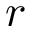
r